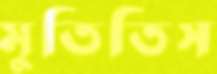
মুতিতিস